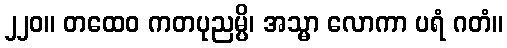
၂၂၀။ တထေဝ ကတပုညမ္ပိ၊ အသ္မာ လောကာ ပရံ ဂတံ။